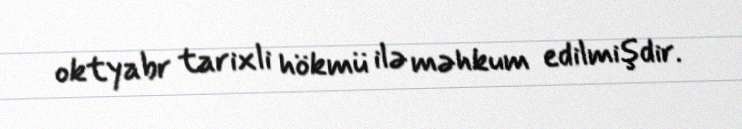
oktyabr tarixli hökmü ilə məhkum edilmişdir.